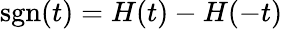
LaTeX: \mathrm{sgn}(t)=H(t)-H(-t)